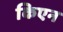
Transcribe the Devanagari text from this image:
किएन